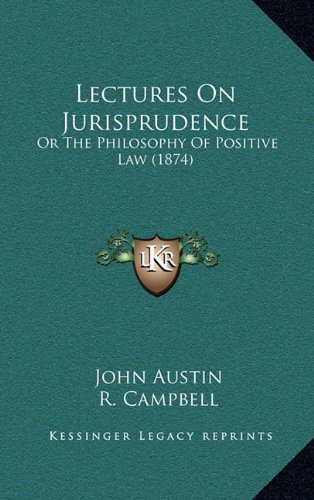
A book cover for Lectures On Jurisprudence: Or The Philosophy Of Positive Law (1874); John Austin; Literature & Fiction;